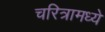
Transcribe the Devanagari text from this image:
चरित्रामध्ये